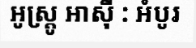
អូស្ត្រូ អាស៊ី : អំបូរ